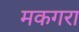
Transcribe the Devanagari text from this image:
मकगरा